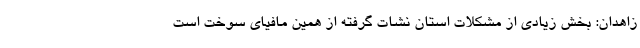
زاهدان: بخش زیادی از مشکلات استان نشات گرفته از همین مافیای سوخت است